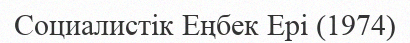
Социалистік Еңбек Ері (1974)